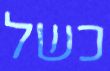
כשל